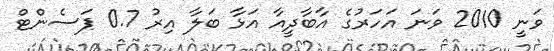
ވަނީ 2010 ވަނަ އަހަރުގެ އާބާދީއާ އަޅާ ބަލާ އިރު 0.7 ޕަސެންޓް